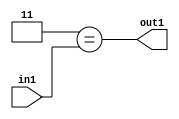
`timescale 1ps / 1ps
/*****************************************************************************
    Verilog RTL Description
    
    
    Created by: Stratus DpOpt 2019.1.01 
*******************************************************************************/

module in_buff_Eqi3u3_4_1 (
	in1,
	out1
	); /* architecture "behavioural" */ 
input [2:0] in1;
output  out1;
wire  asc001;

assign asc001 = (8'B00000011==in1);

assign out1 = asc001;
endmodule

/* CADENCE  urjwTww= : u9/ySgnWtBlWxVPRXgAZ4Og= ** DO NOT EDIT THIS LINE ******/